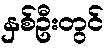
နှစ်ဦးတွင်